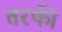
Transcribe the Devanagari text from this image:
तरफी